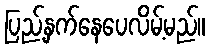
ပြည့်နှက်နေပေလိမ့်မည်။